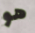
هو